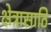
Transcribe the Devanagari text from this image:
क्षेत्रासाठि